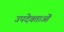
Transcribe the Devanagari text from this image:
उपदेवताओं